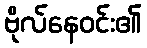
ဗိုလ်နေဝင်း၏